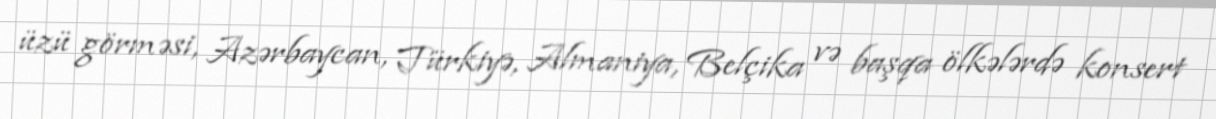
üzü görməsi, Azərbaycan, Türkiyə, Almaniya, Belçika və başqa ölkələrdə konsert